Report on vaccination in the Province of Bengal - 1869-1873
Year: 1869
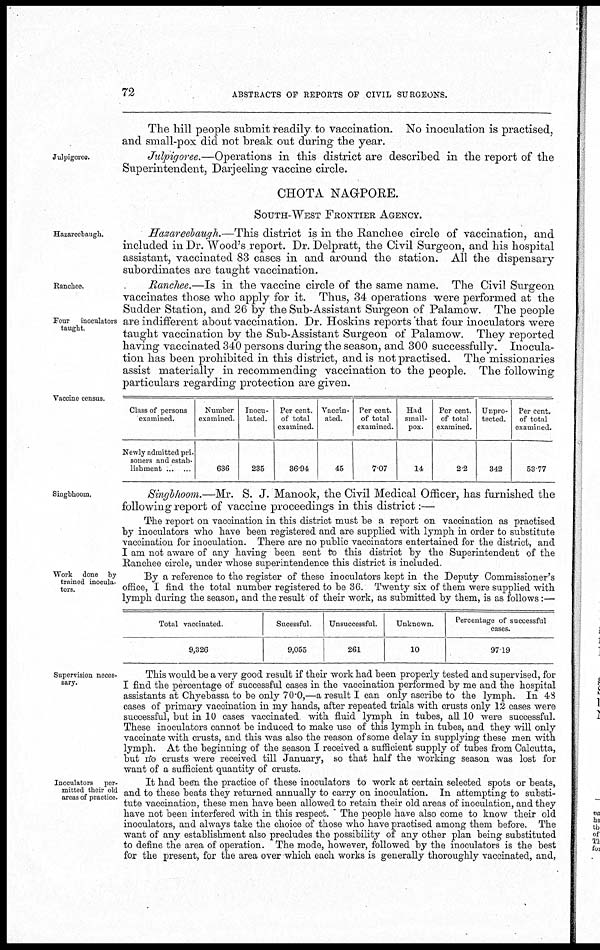
72
ABSTRACTS OF REPORTS OF CIVIL SURGEONS.
The hill people submit readily to vaccination. No inoculation is practised,
and small-pox did not break out during the year.
Julpigoree.
Julpigoree.—Operations in this district are deseribed in the report of the
Superintendent, Darjeeling vaccine circle.
CHOTA NAGPORE.
SOUTH-WEST FRONTIER
AGENCY..
Hazareebaugh.
Hazareebaugh.—This district is in the Ranchee circle of vaccination, and
included in Dr. Wood's report. Dr. Delpratt, the Civil Surgeon, and his hospital
assistant, vaccinated 83 cases in and around the station. All the dispensary
subordinates are taught vaccination.
Ranchee.
Four inoculators
taught.
Ranchee.—Is in the vaccine circle of the same name. The Civil Surgeon
vaccinates those who apply for it. Thus, 34 operations were performed at the
Sudder Station, and 26 by the Sub-Assistant Surgeon of Palamow. The people
are indifferent about vaccination. Dr. Hoskins reports that four inoculators were
taught vaccination by the Sub-Assistant Surgeon of Palamow. They reported
having vaccinated 340 persons during the season, and 300 successfully. Inocula-
tion has been prohibited in this district, and is not practised. The missionaries
assist materially in recommending vaccination to the people. The following
particulars regarding protection are given.
Vaccine census.
Class of persons
examined.
Newly admitted pri¬
soners and estab-
lishment ... ...
Number
examined.
636
Inocu-
lated.
235
Per cent.
of total
examined.
36.94
Vaccin-
ated.
45
Per cent.
of total
examined.
7.07
Had
small-
pox.
14
Per cent.
of total
examined.
22
Unpro-
tected.
342
Per cent.
of total
examined.
53.77
Singbhoom.
Singbhoom.—Mr. S. J. Manook, the Civil Medical Officer, has furnished the
following report of vaccine proceedings in this district:—
The report on vaccination in this district must be a report on vaccination as practised
by inoculators who have been registered and are supplied with lymph in order to substitute
vaccination for inoculation. There are no public vaccinators entertained for the district, and
I am not aware of any having been sent to this district by the Superintendent of the
Ranchee circle, under whose superintendence this district is included.
Work done by
trained inocula-
tors.
By a reference to the register of these inoculators kept in the Deputy Commissioner's
office, I find the total number registered to be 36. Twenty six of them were supplied with
lymph during the season, and the result of their work, as submitted by them, is as follows:—
Total vaccinated.
9,326
Sucessful.
9,055
Unsuccessful.
261
Unknown.
10
Percentage of successful
cases.
97.19
Supervision neces-
sary.
This would be a very good result if their work had been properly tested and supervised, for
I find the percentage of successful cases in the vaccination performed by me and the hospital
assistants at Chyebassa to be only 70.0,—a result I can only ascribe to the lymph. In 48
cases of primary vaccination in my hands, after repeated trials with crusts only 12 cases were
successful, but in 10 cases vaccinated with fluid lymph in tubes, all 10 were successful.
These inoculators cannot be induced to make use of this lymph in tubes, and they will only
vaccinate with crusts, and this was also the reason of some delay in supplying these men with
lymph. At the beginning of the season I received a sufficient supply of tubes from Calcutta,
but no crusts were received till January, so that half the working season was lost for
want of a sufficient quantity of crusts.
Inoculators per-
mitted their old
areas of practice.
It had been the practice of these inoculators to work at certain selected spots or beats,
and to these beats they returned annually to carry on inoculation. In attempting to substi-
tute vaccination, these men have been allowed to retain their old areas of inoculation, and they
have not been interfered with in this respect. The people have also come to know their old
inoculators, and always take the choice of those who have practised among them before. The
want of any establishment also precludes the possibility of any other plan being substituted
to define the area of operation. The mode, however, followed by the inoculators is the best
for the present, for the area over which each works is generally thoroughly vaccinated, and,